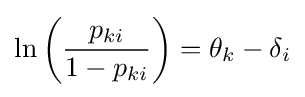
\ln \left({\frac {p_{ki}}{1-p_{ki}}}\right)=\theta _{k}-\delta _{i}